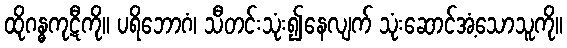
ထိုဂန္ဓကုဋီကို။ ပရိဘောဂံ၊ သီတင်းသုံး၍နေလျက် သုံးဆောင်အံ့သောသူကို။